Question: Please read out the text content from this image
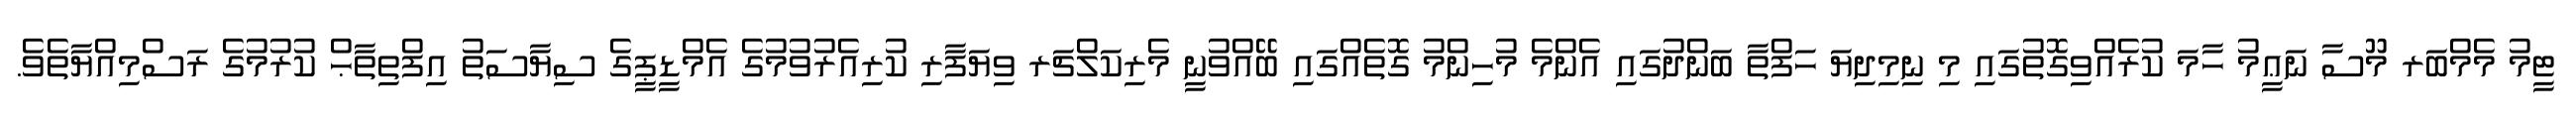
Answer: ޓީމު މެމްބަރ މޫސާ ނަޢީމު ހާމަ ކުރެއްވިގޮތުގައި މި ނިމިދިޔަ ހަފްތާ ބަންދުގައި އެންމެ މުހިންމު ގޮތެއްގައި ބޭއްވުނީ މެރިކަލްޗަރ ވިޔަފާރި ކުރިއެރުވުމުގެ އެމްޑީޕީގެ ސިޔާސަތު އިފްތިތާޙް ކުރުމުގެ ރަސްމިއްޔާތެވެ.